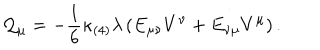
{ \cal Q } _ { \mu } = - \frac { 1 } { 6 } \kappa _ { ( 4 ) } \lambda \left( E _ { \mu \nu } V ^ { \nu } + E _ { \nu \mu } V ^ { \mu } \right) .